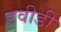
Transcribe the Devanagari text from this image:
डवीडी